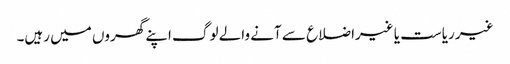
غیر ریاست یا غیراضلاع سے آنے والے لوگ اپنے گھروں میں رہیں۔